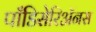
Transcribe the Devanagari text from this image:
पाँडिसेरिॲनस